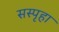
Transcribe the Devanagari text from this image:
सस्पृहा